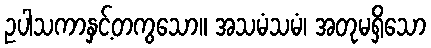
ဥပါသကာနှင့်တကွသော။ အသမံသမံ၊ အတုမရှိသော